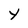
Character: Y